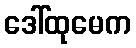
ဒေါ်ထုမေက